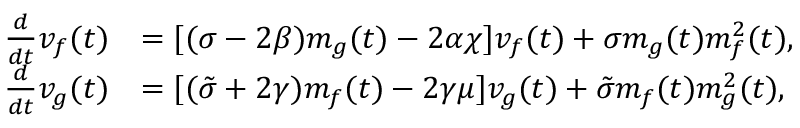
\begin{array} { r l } { \frac { d } { d t } v _ { f } ( t ) } & { = [ ( \sigma - 2 \beta ) m _ { g } ( t ) - 2 \alpha \chi ] v _ { f } ( t ) + \sigma m _ { g } ( t ) m _ { f } ^ { 2 } ( t ) , } \\ { \frac { d } { d t } v _ { g } ( t ) } & { = [ ( \tilde { \sigma } + 2 \gamma ) m _ { f } ( t ) - 2 \gamma \mu ] v _ { g } ( t ) + \tilde { \sigma } m _ { f } ( t ) m _ { g } ^ { 2 } ( t ) , } \end{array}